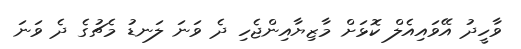
ވާހީދު އޭވައިއެލް ކޮޅަށް މާޒިޔާއިންޖެހި ދެ ވަނަ ލަނޑު މެޗުގެ ދެ ވަނަ